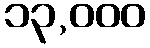
၁၃,၀၀၀